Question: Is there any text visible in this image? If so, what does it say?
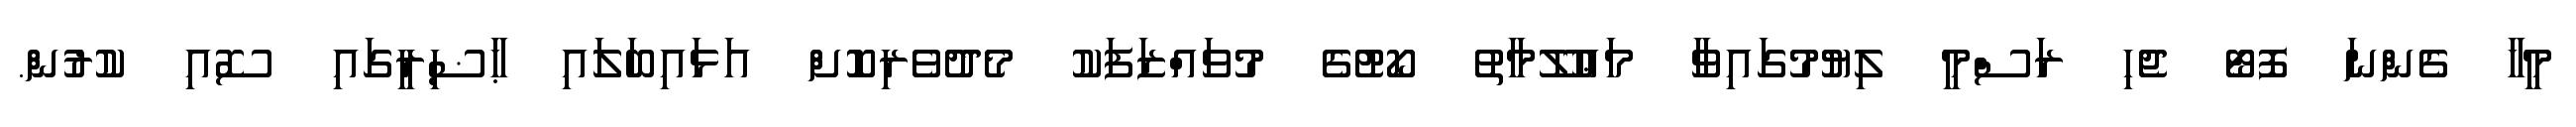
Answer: މީހާ ގެންނަ ފޮޓޯ ޖެހި ރަސްމީ ލިޔުމުގައިވާ މަޢުލޫމާތު ކޯޓުގެ މުވައްޒަފަކު މެދުވެރިކޮށް އަޅައިބަލައި ޙާޟިރީގައި ސޮއި ކުރުން.